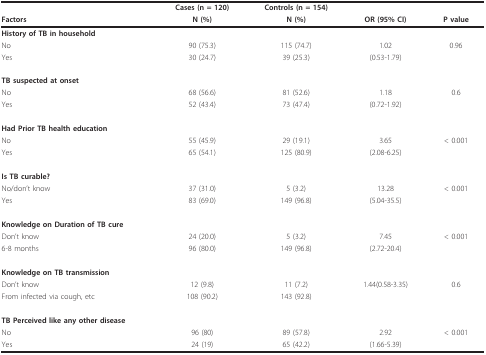
|  | Cases (n = 120) | Controls (n = 154) |  |  |
 | Factors | N (%) | N (%) | OR (95% CI) | P value |
 | --- | --- | --- | --- | --- |
 | History of TB in household |  |  |  |  |
 | No | 90 (75.3) | 115 (74.7) | 1.02 | 0.96 |
 | Yes | 30 (24.7) | 39 (25.3) | (0.53-1.79) |  |
 | TB suspected at onset |  |  |  |  |
 | No | 68 (56.6) | 81 (52.6) | 1.18 | 0.6 |
 | Yes | 52 (43.4) | 73 (47.4) | (0.72-1.92) |  |
 | Had Prior TB health education |  |  |  |  |
 | No | 55 (45.9) | 29 (19.1) | 3.65 | < 0.001 |
 | Yes | 65 (54.1) | 125 (80.9) | (2.08-6.25) |  |
 | Is TB curable? |  |  |  |  |
 | No/don't know | 37 (31.0) | 5 (3.2) | 13.28 | < 0.001 |
 | Yes | 83 (69.0) | 149 (96.8) | (5.04-35.5) |  |
 | Knowledge on Duration of TB cure |  |  |  |  |
 | Don't know | 24 (20.0) | 5 (3.2) | 7.45 | < 0.001 |
 | 6-8 months | 96 (80.0) | 149 (96.8) | (2.72-20.4) |  |
 | Knowledge on TB transmission |  |  |  |  |
 | Don't know | 12 (9.8) | 11 (7.2) | 1.44(0.58-3.35) | 0.6 |
 | From infected via cough, etc | 108 (90.2) | 143 (92.8) |  |  |
 | TB Perceived like any other disease |  |  |  |  |
 | No | 96 (80) | 89 (57.8) | 2.92 | < 0.001 |
 | Yes | 24 (19) | 65 (42.2) | (1.66-5.39) |  |